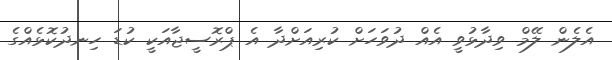
އެލެން ލޭމް ވިދާޅުވީ އެއް ދުވަހަށް ކުރިއަށްދާ އެ ޕްރޮސީޖާއަކީ ކުޑަ ހިނދުކޮޅެއްގެ